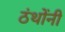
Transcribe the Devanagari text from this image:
ठंथोंनी